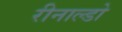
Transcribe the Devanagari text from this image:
रीनाल्डो